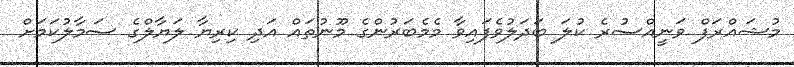
މުޝައްރަފް ވަނީއްސުރެ ކުލަ ބަދަލުވެފައިވާ މެމެބަރުންގެ މޫނުތައް އަދި ކިރިޔާ ލަޔާލްގެ ސަމާލުކަމަށް